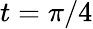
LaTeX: t=\pi/4